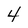
Character: 4